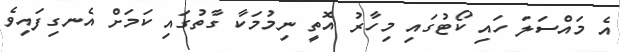
އެ މައްސަލަ ހައި ކޯޓުގައި މިހާރު އޮތީ ނިމުމަކާ ގާތުގައި ކަމަށް އެނގިފައިވެ